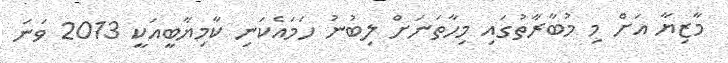
މާޒިޔާ އަށް މި މުބާރާތުގައި މިހާތަނަށް ލިބުނު ހަމައެކަނި ކާމިޔާބީއަކީ 2013 ވަނަ